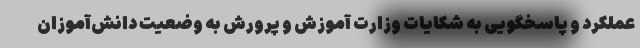
عملکرد و پاسخگویی به شکایات وزارت آموزش و پرورش به وضعیت دانش‌آموزان